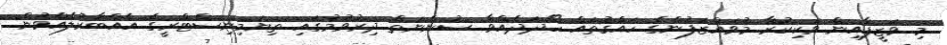
މި ވަޒީފާއިން ވަކިކުރާ މުވައްޒަފުންގެ ހައްޤުތައް ހޯދަދެއްވާ ސުންނަތް ދިރުވުމުގައި ތިޔަމިނިސްޓްރީގެ އެއްބާރުލެއްވުން